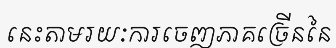
នេះតាមរយៈការចេញភាគច្រើននៃ